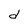
Character: d